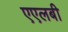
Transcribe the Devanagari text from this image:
एएलबी